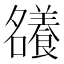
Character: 𡅖